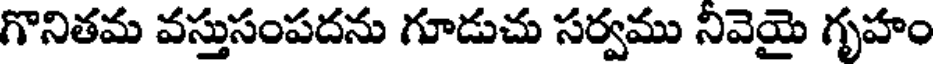
గొనితమ వస్తుసంపదను గూడుచు సర్వము నివెయై గృహం